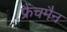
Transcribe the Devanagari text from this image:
फ्रैंचमैन